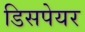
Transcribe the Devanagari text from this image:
डिसपेयर